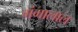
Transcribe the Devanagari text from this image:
गंगालाल